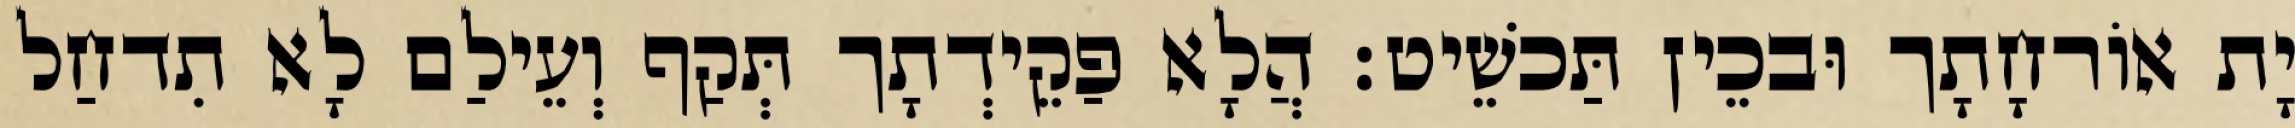
יָת אוֹרחָתָך וּבכֵין תַּכשֵׁיט׃ הֲלָא פַקֵידְתָך תְּקַף וְעֵילַם לָא תִדחַל